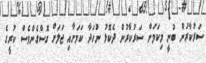
ސަރުކާރުން ބުނީ މިކަމަށް ސަރުކާރުން ދެކޮޅު ނުހަދާ ކަމަށާއި ޖަލަށް ގޮސްގެންވެސް ކުރީގެ